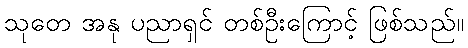
သုတေ အနု ပညာရှင် တစ်ဦးကြောင့် ဖြစ်သည်။